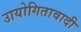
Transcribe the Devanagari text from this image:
उायोगितावादी